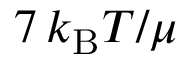
7 \, k _ { \mathrm { B } } T / \mu